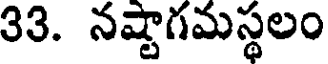
33. నష్టాగమస్థలం